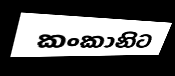
කංකානිට